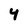
Character: 4